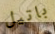
باتيل